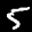
Label: 5